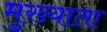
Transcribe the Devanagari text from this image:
मुख्याता